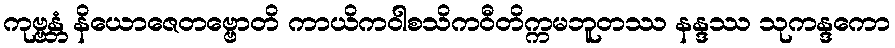
ကုဗ္ဗန္တံ နိယောဇေတဗ္ဗောတိ ကာယိကဝါစသိကဝီတိက္ကမဘူတဿ နန္ဒဿ သုကန္ဒကော